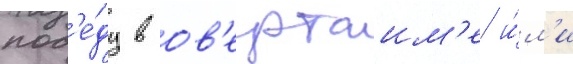
поб'е́ду в ов'ертаим'е и́л'и